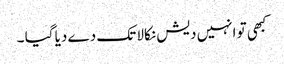
کبھی تو انہیں دیش نکالا تک دے دیا گیا ۔